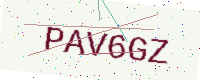
Text: PAV6GZ